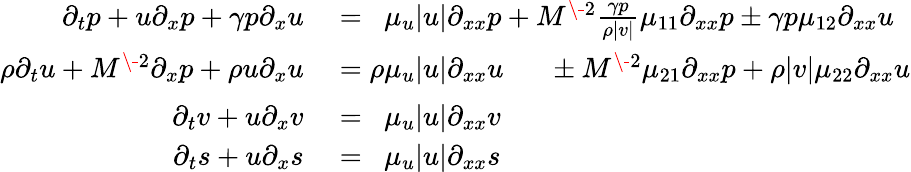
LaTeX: \begin{array}{rl}{\partial_{t}p+u\partial_{x}p+\gamma p\partial_{x}u}&{{}=\phantom{\rho}\mu_{u}|u|\partial_{xx}p+M^{\- 2}\frac{\gamma p}{\rho|v|}\mu_{11}\partial_{xx}p\pm\gamma p\mu_{12}\partial_{xx}u}\\ {\rho\partial_{t}u+M^{\- 2}\partial_{x}p+\rho u\partial_{x}u}&{{}=\rho\mu_{u}|u|\partial_{xx}u\phantom{\frac{\gamma p}{\rho|v|}}\pm M^{\- 2}\mu_{21}\partial_{xx}p+\rho|v|\mu_{22}\partial_{xx}u}\\ {\partial_{t}v+u\partial_{x}v}&{{}=\phantom{\rho}\mu_{u}|u|\partial_{xx}v}\\ {\partial_{t}s+u\partial_{x}s}&{{}=\phantom{\rho}\mu_{u}|u|\partial_{xx}s}\end{array}